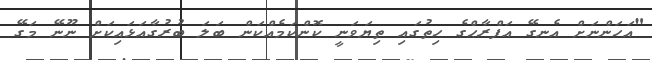
"އަހަންނަށް އެނގޭ އަފްރާޙްގެ ހިތުގައި ތިޔަވަނީ ކޮންކަމެއްކަން ބަލަ ބުރުގާއަޅައިކަށް ނޫނޭ މަގޭ